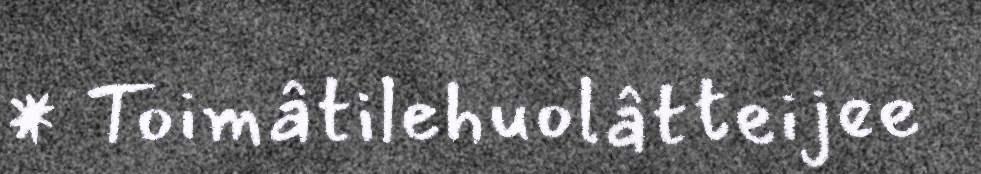
* Toimâtilehuolâtteijee